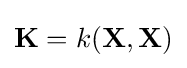
\mathbf {K} =k(\mathbf {X} ,\mathbf {X} )